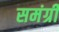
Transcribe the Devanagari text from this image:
समंग्री